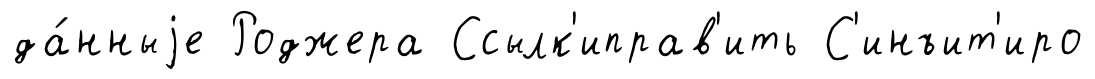
да́нныjе Роджера Ссылк'иправ'ить С'инъит'иро